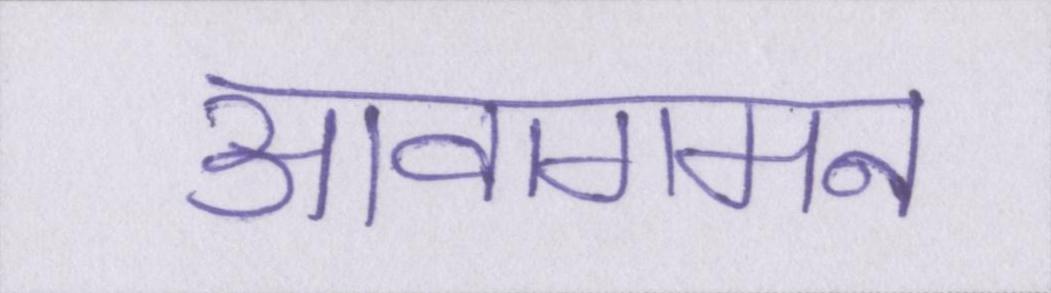
आवागमन